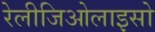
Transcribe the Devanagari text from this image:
रेलीजिओलाइसो